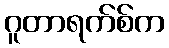
ဂူတာရက်စ်က